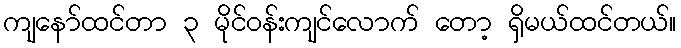
ကျနော်ထင်တာ ၃ မိုင်ဝန်းကျင်လောက် တော့ ရှိမယ်ထင်တယ်။